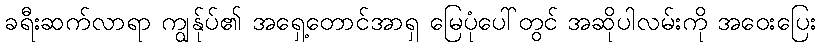
ခရီးဆက်လာရာ ကျွန်ုပ်၏ အရှေ့တောင်အာရှ မြေပုံပေါ်တွင် အဆိုပါလမ်းကို အဝေးပြေး